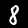
Digit: 8